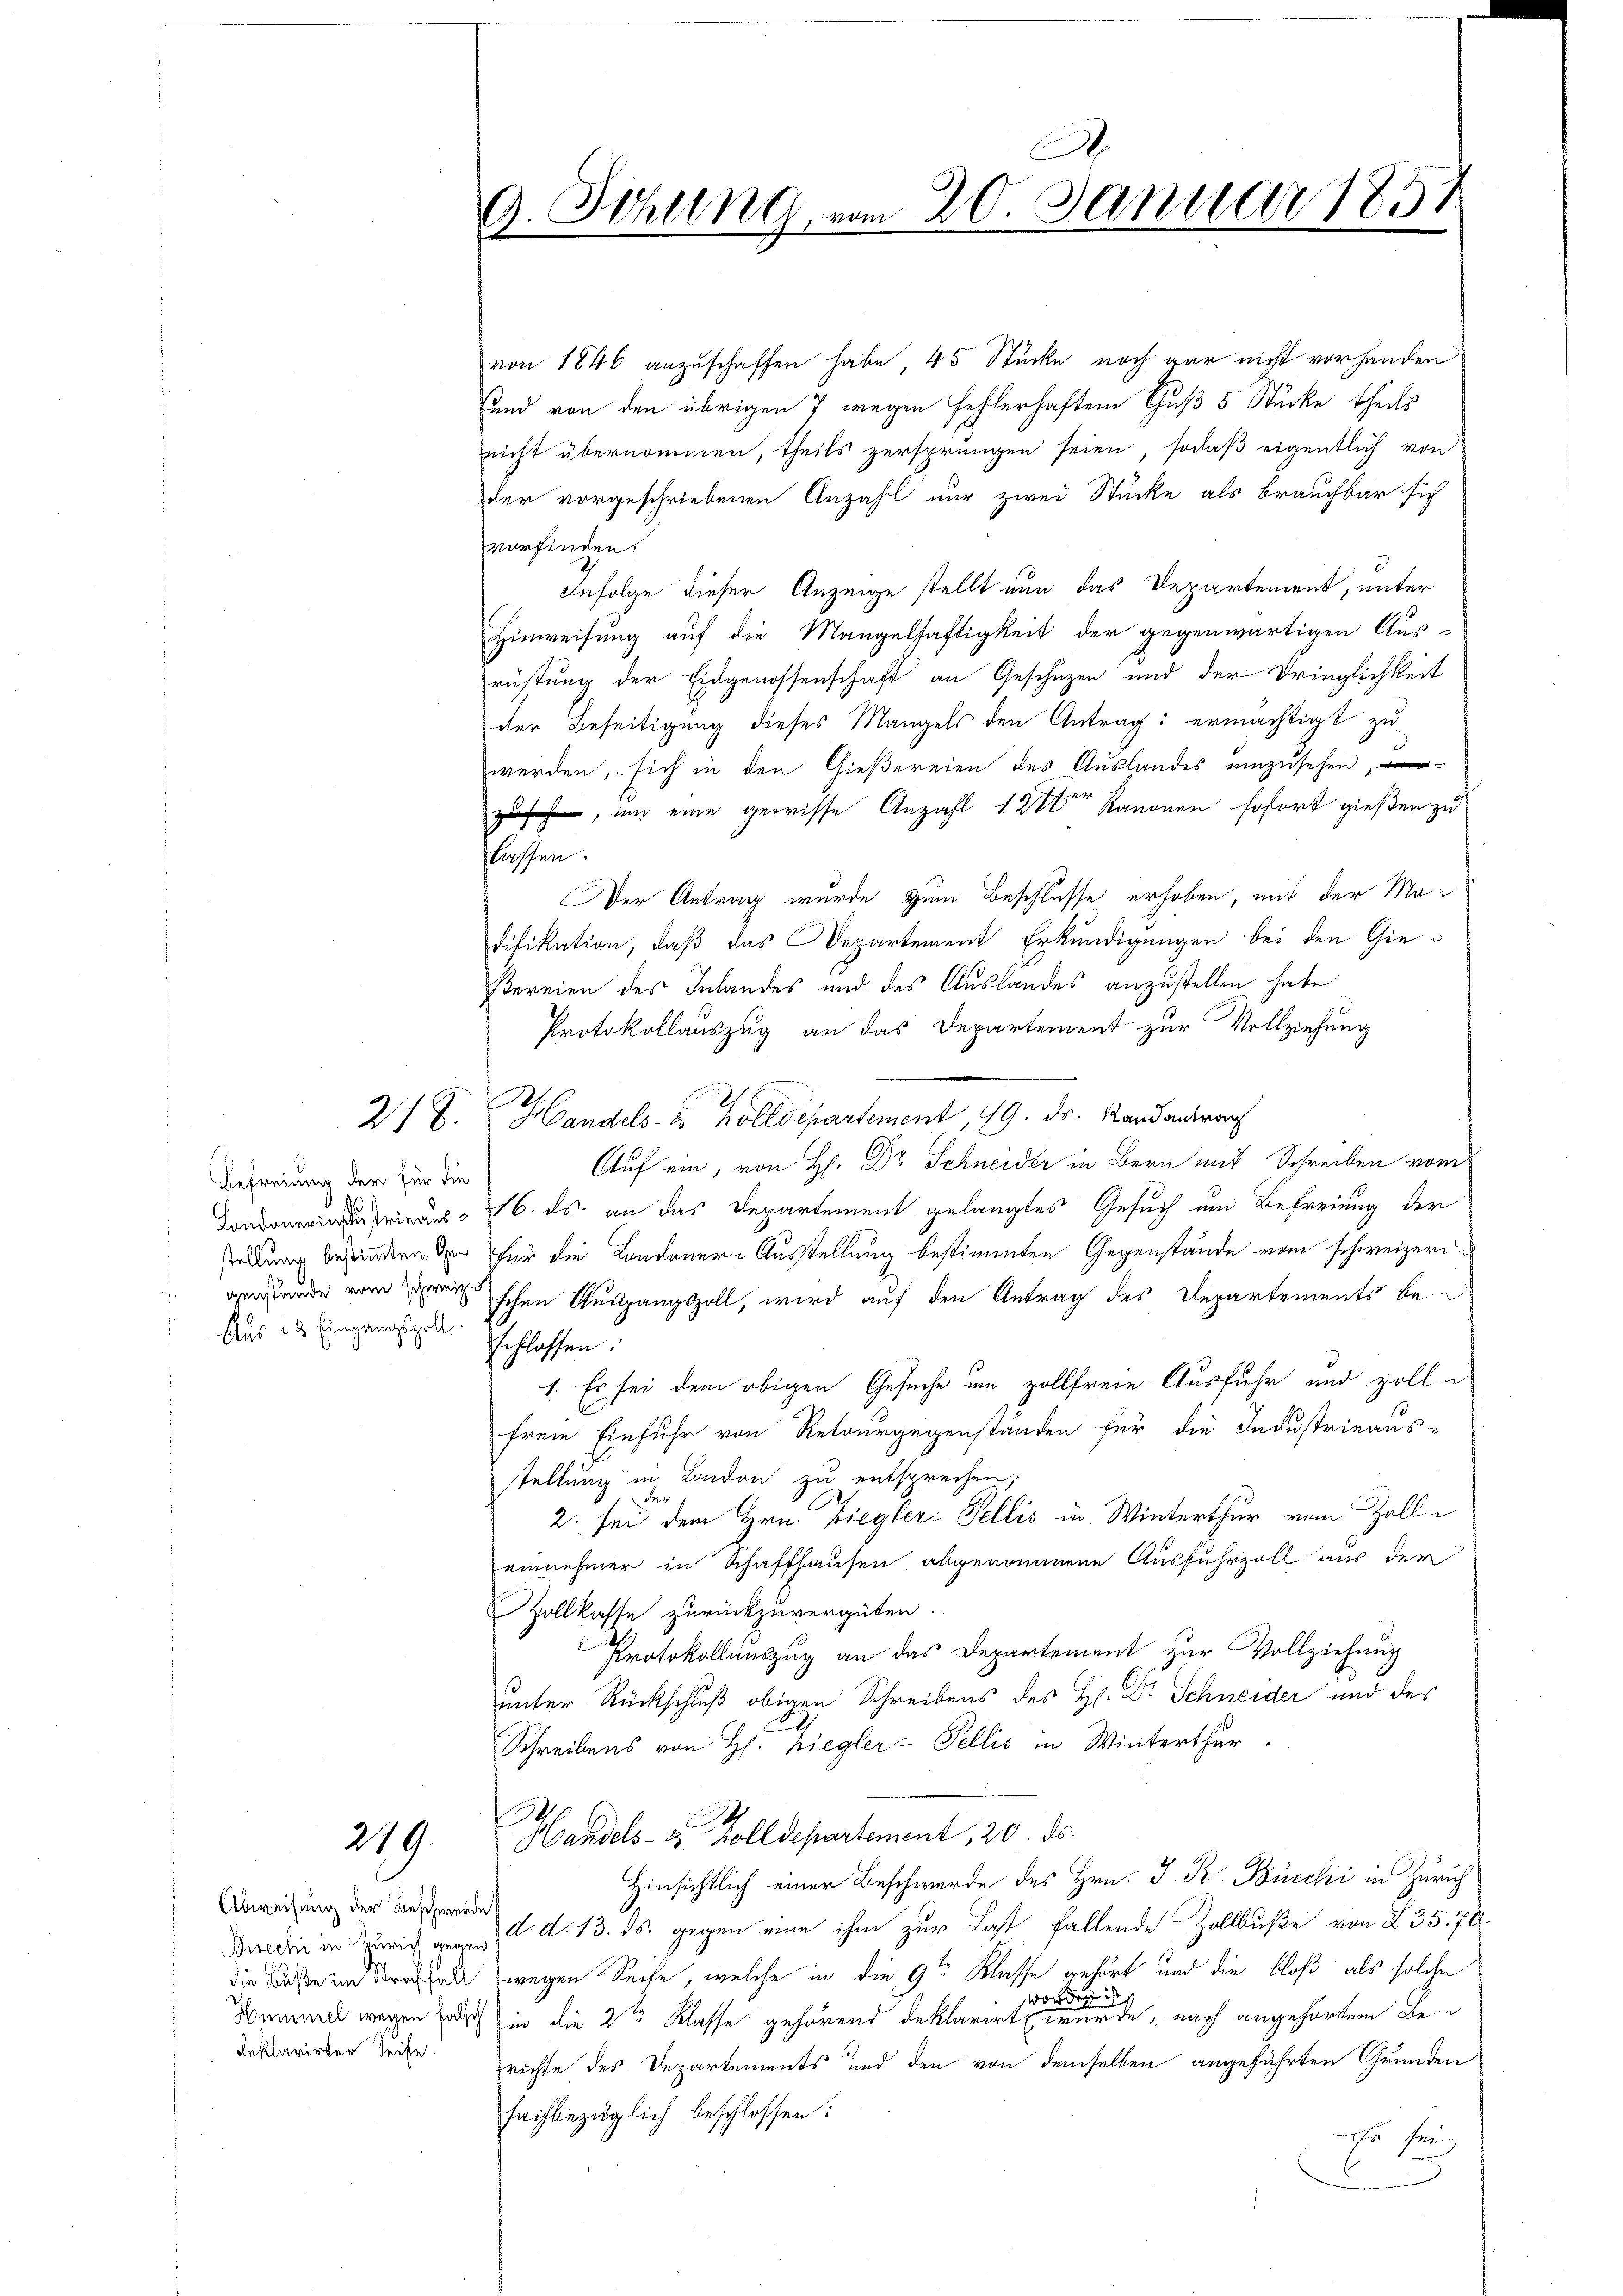
E
Befreiung der für die
. Eingangspoll

219.

Abweisung der Beschwerde
deklarirter Seife.

A
A. Sitzung vom 20. Januar 1857
F

von 1846 anzuschaffen habe 45 Stücke noch gar nicht vorhanden
(und von den übrigen 7 wegen Fehlerhaften Guß 5 Stücke theils
nicht übernommen, theils zersprungen seien, sodaß eigentlich von
der vorgeschriebenen Anzahl nur zwei Stücke als brauchbar sich
vorfinden.
Infolge dieser Anzeige stellt nun das Departement, unter
Hinweisung auf die Mangelhaftigkeit der gegenwärtigen Aus-
rüstung der Eidgenossenschaft an Geschüzen und der Dringlichkeit
der Beseitigung dieses Mangels den Antrag: ermächtigt zu
werden, sich in den Gießereien des Auslandes umzusehen,
zu, und eine gewisse Anzahl 12 ten Kanonen sofort gießen zu
lassen.
Der Antrag wurde zum Beschlusse erhoben, mit der Madifikation, daß das Departement Erkundigungen bei den Gießereien des Inlandes und des Auslandes anzustellen habe
Protokollauszug an das Departement zur Vollziehung
27 J. Handels- Holldepartement, 19. ds. Randonderens
Auf ein, von H. Dr Schneider in Bern mit Schreiben vom
ieaus 6. ds. an das Departement gelangtes Gesuch um Befreiung der
stellung befinden de für die Londoner-Ausstellung bestimmten Gegenstände vom schweizeri¬
Bauder vom Beschen Austrangszoll, wird auf den Antrag des Departements beschlassen:
1. Es sei dem obigen Gesuche um vollfreie Ausfuhr und zolle
frem Einfuhr von Retourgegenstanden für die Industrieaus-
stellung in London zu entsprechen;
der
2. sei dem Hrn. Ziegler-Fellis in Winterthur vom Zolleinnehmer in Schaffhausen abgenommene Ausfuhrzoll aus der
Zollkasse zurückzuvergüten.
Protokollauszug an das Departement zur Vollziehung
unter Rückschluß obigen Schreibens des H. Dr Schneider und des
Schreibens von H. Ziegler-Fellis in Winterthur.
100
Handels- & Zolldepartement, 20. ds.
Hinsichtlich einer Beschwerde des Hrn. J. R. Bücchi in Zürich
Predi in Zürich an d. d. 13. ds. gegen eine ihm zur Last fallende Zollbuße von 235. 70.
die Base in Strassel wegen Seite, welche in die 9ten Klasse gehört und die bloß als solche
de
0
Demarck wegen Erde in die 2te Klasse gehörend deklarirt wurde, nach angehörtem Be-
richte des Departements und den von demselben angeführten Grunden
fachbezüglich beschlossen:
 ser